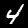
Digit: 4